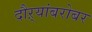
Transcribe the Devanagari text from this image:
दौऱ्यांबरोबर